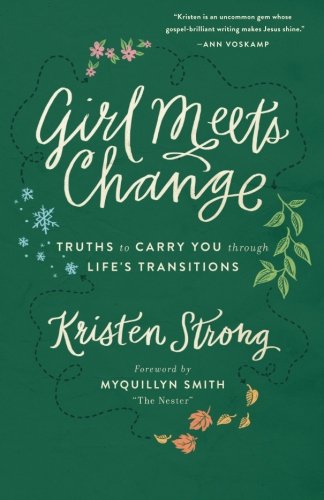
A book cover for Girl Meets Change: Truths to Carry You through Life's Transitions; Kristen Strong; Christian Books & Bibles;